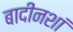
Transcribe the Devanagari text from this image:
बादीनशां